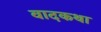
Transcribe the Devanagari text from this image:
वादकथा